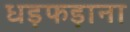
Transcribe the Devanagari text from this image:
धड़फड़ाना